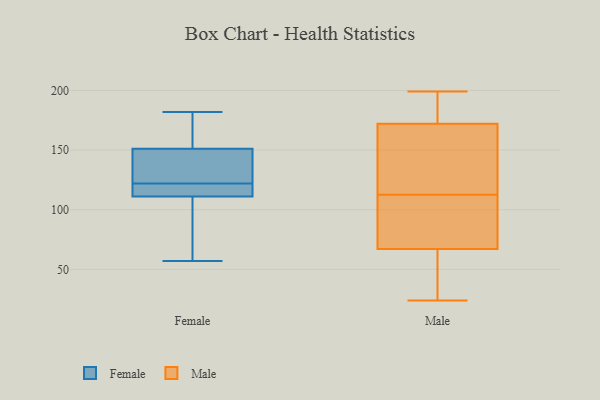
{"axis": {"x": "Page Views", "y": "Value"}, "legend": ["Female", "Male"], "data": [{"x": "", "y": 182, "type": "Female"}, {"x": "", "y": 104, "type": "Female"}, {"x": "", "y": 111, "type": "Female"}, {"x": "", "y": 57, "type": "Female"}, {"x": "", "y": 156, "type": "Female"}, {"x": "", "y": 119, "type": "Female"}, {"x": "", "y": 140, "type": "Female"}, {"x": "", "y": 117, "type": "Female"}, {"x": "", "y": 125, "type": "Female"}, {"x": "", "y": 151, "type": "Female"}, {"x": "", "y": 67, "type": "Male"}, {"x": "", "y": 65, "type": "Male"}, {"x": "", "y": 97, "type": "Male"}, {"x": "", "y": 147, "type": "Male"}, {"x": "", "y": 133, "type": "Male"}, {"x": "", "y": 183, "type": "Male"}, {"x": "", "y": 171, "type": "Male"}, {"x": "", "y": 194, "type": "Male"}, {"x": "", "y": 91, "type": "Male"}, {"x": "", "y": 199, "type": "Male"}, {"x": "", "y": 24, "type": "Male"}, {"x": "", "y": 25, "type": "Male"}, {"x": "", "y": 172, "type": "Male"}, {"x": "", "y": 128, "type": "Male"}, {"x": "", "y": 56, "type": "Male"}, {"x": "", "y": 90, "type": "Male"}, {"x": "", "y": 71, "type": "Male"}, {"x": "", "y": 190, "type": "Male"}]}